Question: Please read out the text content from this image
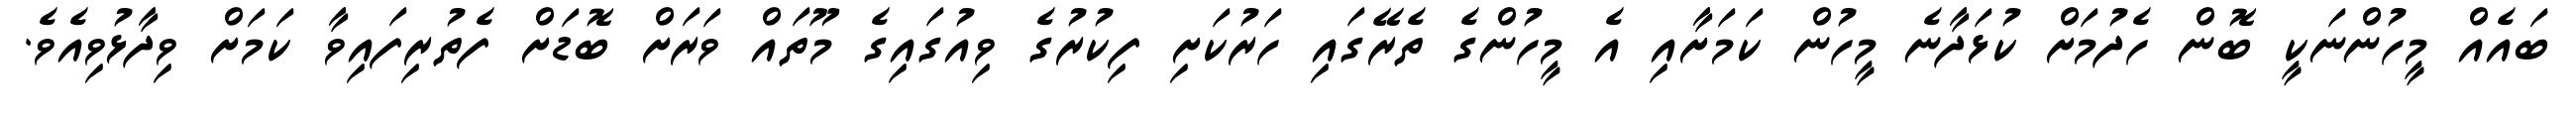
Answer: ބައެއް މީހުންނަކީ ބޮން ހެދުމަށް ކުޅަދާނެ މީހުން ކަމަށާއި އެ މީހުންގެ ތެރޭގައި ހަރުކަށި ފިކުރުގެ ވިއުގައިގެ މޫތައް ވަރަށް ބޮޑަށް ފެތުރިފައިވާ ކަމަށް ވިދާޅުވިއެވެ.